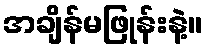
အချိန်မဖြုန်းနဲ့။